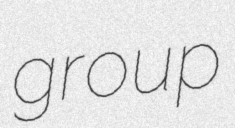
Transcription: group